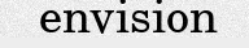
envision